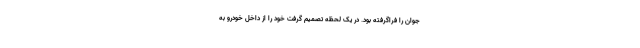
جوان را فراگرفته بود. در یک لحظه تصمیم گرفت خود را از داخل خودرو به